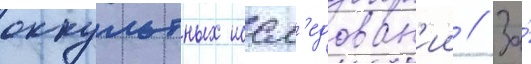
оккультных иссл'едован'ии // За́